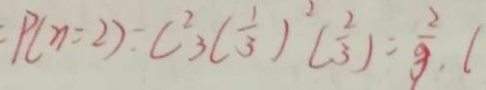
P ( \eta = 2 ) = C ^ { 2 } _ { 3 } ( \frac { 1 } { 3 } ) ^ { 2 } ( \frac { 2 } { 3 } ) = \frac { 2 } { 9 } , (